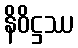
နိဝိဋ္ဌဿ